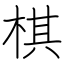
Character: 棋